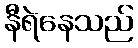
နီရဲနေသည်